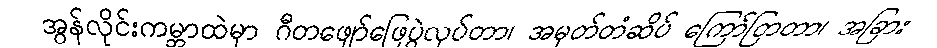
အွန်လိုင်းကမ္ဘာထဲမှာ ဂီတဖျော်ဖြေပွဲလုပ်တာ၊ အမှတ်တံဆိပ် ကြော်ငြာတာ၊ အခြား